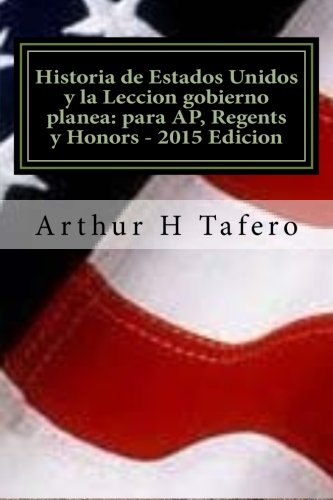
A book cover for Historia de Estados Unidos y la Leccion gobierno planea: para AP, Regents y Honors - 2015 Edicion: Con examenes completos (Spanish Edition); Arthur H Tafero; Test Preparation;